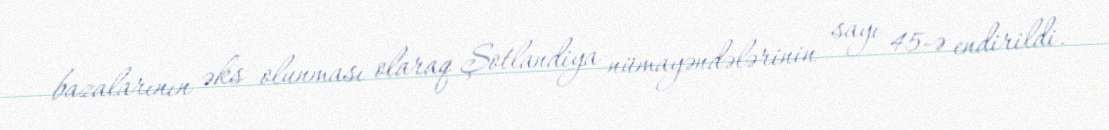
bazalarının əks olunması olaraq Şotlandiya nümayəndələrinin sayı 45-ə endirildi.